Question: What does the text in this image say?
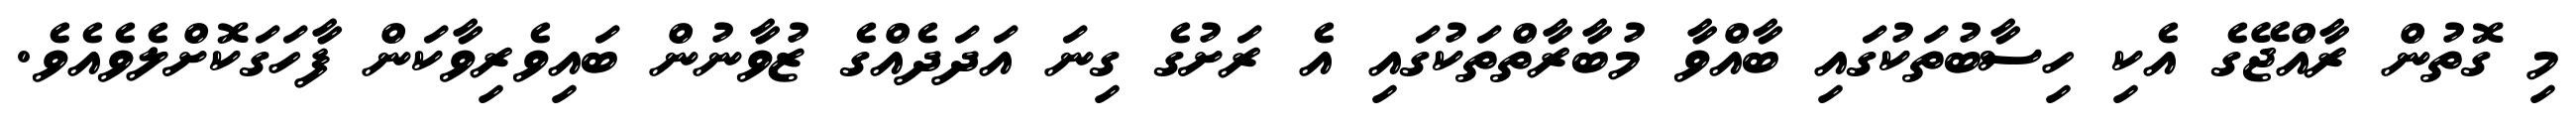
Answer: މި ގޮތުން ރާއްޖޭގެ އެކި ހިސާބުތަކުގައި ބާއްވާ މުބާރާތްތަކުގައި އެ ރަށުގެ ގިނަ އަދަދެއްގެ ޒުވާނުން ބައިވެރިވާކަން ފާހަގަކޮށްލެވެއެވެ.